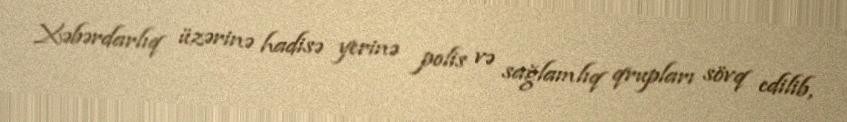
Xəbərdarlıq üzərinə hadisə yerinə polis və sağlamlıq qrupları sövq edilib,